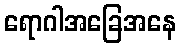
ရောဂါအခြေအနေ